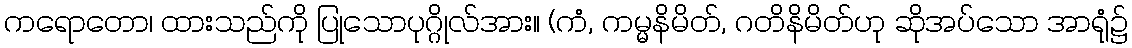
ကရောတော၊ ထားသည်ကို ပြုသောပုဂ္ဂိုလ်အား။ (ကံ, ကမ္မနိမိတ်, ဂတိနိမိတ်ဟု ဆိုအပ်သော အာရုံ၌